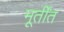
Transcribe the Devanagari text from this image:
मूर्तींत